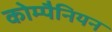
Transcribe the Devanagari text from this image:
कोम्पैनियन